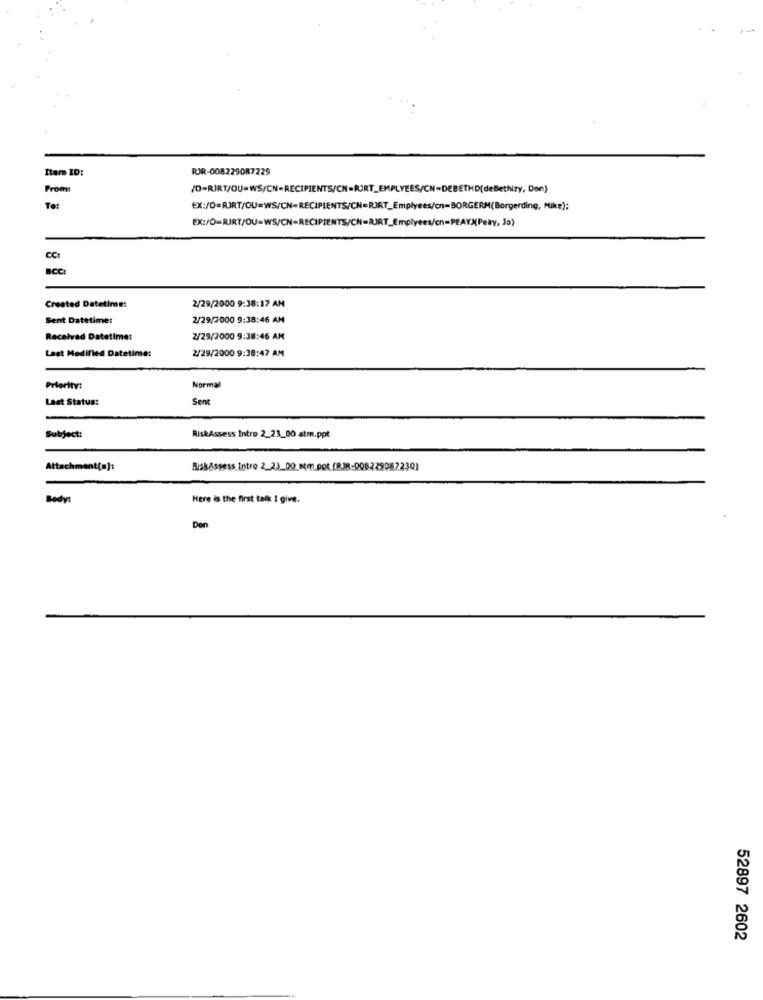
Item ID:
RJR-008229087229
From:
(0-RIRT/OU=WS/CN=RECIPIENTS/CN=RJRT_EMPLYEES/CN-DEBETHD(deBethizy, Don)
To:
EX:/0=RJRT/OU=WS/CN=RECIPIENTS/CN=RJRT_Emplyees/cn=BORGERM(Borgerding, Mike);
EX:/O=RIRT/OU=WS/CN=RECIPIENTS/CN=RJRT_Emplyees/cn=PEAYX(Peay, Jo)
CCI
2/29/2000 9:38:17 AM
Created Datetime:
Sent Datetime:
2/29/2000 9:38:46 AM
Received Datetime:
2/29/2000 9:38:46 AM
Last Modified Datetime:
2/29/2000 9:38:47 AM
Priority:
Normal
Last Status:
Sent
Subject:
RiskAssess Intro 2_23_00 atm.ppt
Attachment(=]:
RiskAssess Intro 2_23_00 mm.pot (RJR-008229087230)
Body:
Here is the first talk I give.
Den
52897 2602